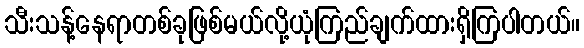
သီးသန့်နေရာတစ်ခုဖြစ်မယ်လို့ယုံကြည်ချက်ထားရှိကြပါတယ်။